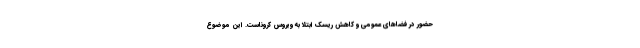
حضور در فضاهای عمومی و کاهش ریسک ابتلا به ویروس کروناست. این موضوع